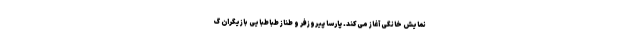
نمایش خانگی آغاز می‌کند. پارسا پیروزفر و طناز طباطبایی بازیگران گ